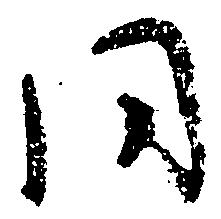
同